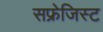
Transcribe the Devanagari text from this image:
सफ्रेजिस्ट